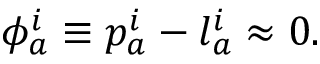
\phi _ { a } ^ { i } \equiv p _ { a } ^ { i } - l _ { a } ^ { i } \approx 0 .